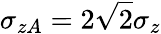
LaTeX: \sigma_{zA}=2\sqrt{2}\sigma_{z}